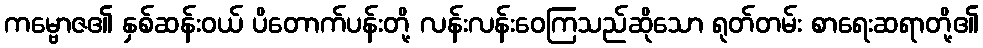
ကမ္ဗောဇ၏ နှစ်ဆန်းဝယ် ပိတောက်ပန်းတို့ လန်းလန်းဝေကြသည်ဆိုသော ရုတ်တမ်း စာရေးဆရာတို့၏